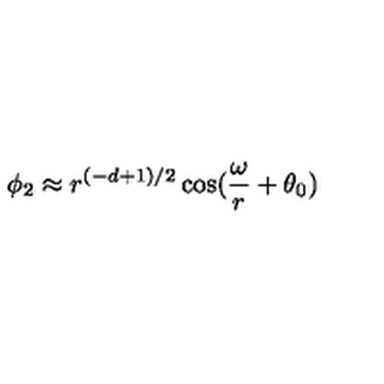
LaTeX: \phi _ { 2 } \approx r ^ { ( - d + 1 ) / 2 } \cos ( \frac { \omega } { r } + \theta _ { 0 } )